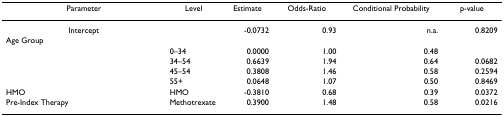
| Parameter | Level | Estimate | Odds-Ratio | Conditional Probability | p-value |
 | --- | --- | --- | --- | --- | --- |
 | Intercept |  | -0.0732 | 0.93 | n.a. | 0.8209 |
 | Age Group |  |  |  |  |  |
 |  | 0–34 | 0.0000 | 1.00 | 0.48 |  |
 |  | 34–54 | 0.6639 | 1.94 | 0.64 | 0.0682 |
 |  | 45–54 | 0.3808 | 1.46 | 0.58 | 0.2594 |
 |  | 55+ | 0.0648 | 1.07 | 0.50 | 0.8469 |
 | HMO | HMO | -0.3810 | 0.68 | 0.39 | 0.0372 |
 | Pre-Index Therapy | Methotrexate | 0.3900 | 1.48 | 0.58 | 0.0216 |